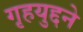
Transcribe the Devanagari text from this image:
गृहयुद्दने